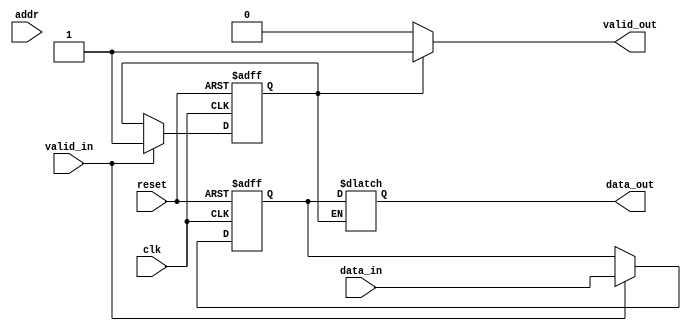
module cache_line (
    input wire clk,
    input wire reset,
    input wire [31:0] data_in,
    input wire [31:0] addr,
    input wire valid_in,
    output reg [31:0] data_out,
    output reg valid_out
);
    reg [31:0] tag;
    reg [31:0] data;
    reg valid;

    always @(posedge clk or posedge reset) begin
        if (reset) begin
            valid <= 0;
            data <= 32'b0;
            tag <= 32'b0;
        end else if (valid_in) begin
            valid <= 1;
            data <= data_in;
            tag <= addr[31:2]; // Simple tag using upper bits of address
        end
    end

    always @(*) begin
        if (valid) begin
            data_out = data;
            valid_out = valid;
        end else begin
            valid_out = 0;
        end
    end
endmodule